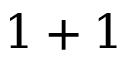
1 + 1